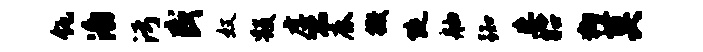
瓴潘污盛奴毁虐恐鹿撒陡舳踟妄昭狗莫